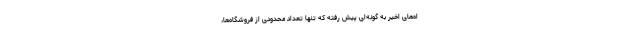
اه‌های اخیر به گونه‌ای پیش رفته که تنها تعداد محدودی از فروشگاه‌ها،